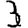
Digit: 3